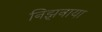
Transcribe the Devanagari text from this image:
निझ़नाया